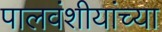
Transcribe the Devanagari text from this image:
पालवंशीयांच्या